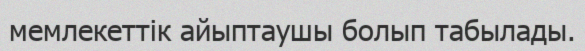
мемлекеттік айыптаушы болып табылады.